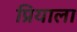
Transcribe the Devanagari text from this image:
प्रियाला